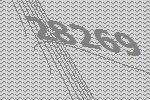
28269